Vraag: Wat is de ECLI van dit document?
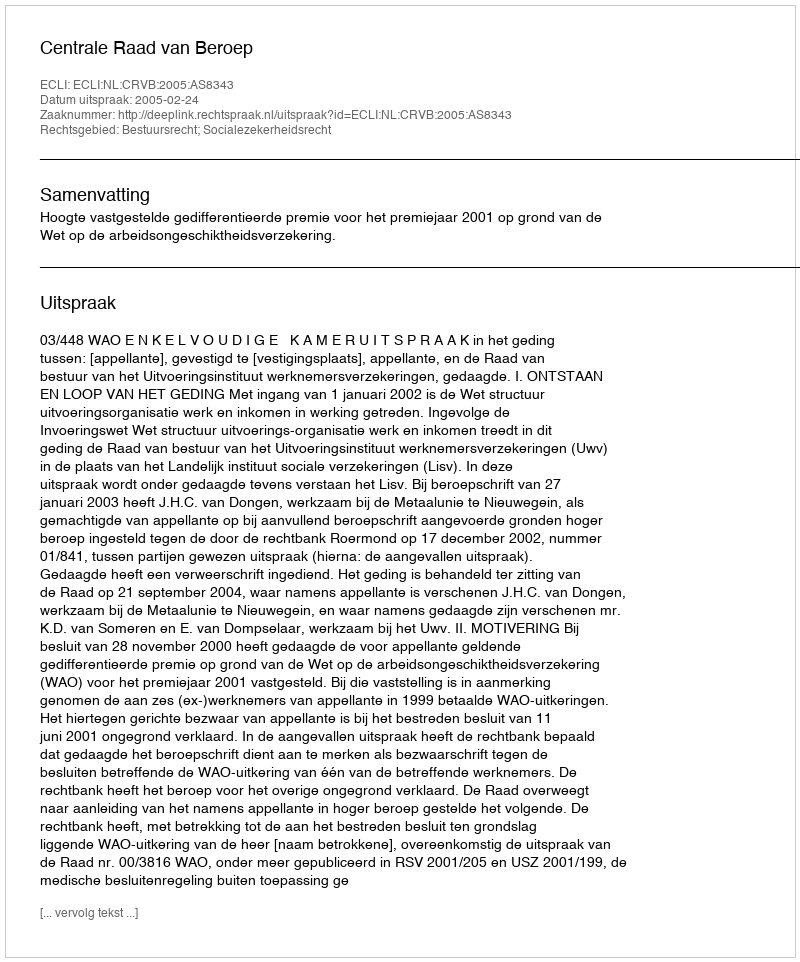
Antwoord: ECLI:NL:CRVB:2005:AS8343